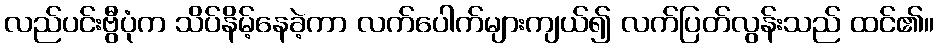
လည်ပင်းဗွီပုံက သိပ်နိမ့်နေခဲ့ကာ လက်ပေါက်များကျယ်၍ လက်ပြတ်လွန်းသည် ထင်၏။